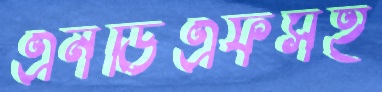
এনডিএফসহ